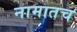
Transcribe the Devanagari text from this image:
नामातच